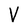
Character: V